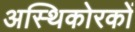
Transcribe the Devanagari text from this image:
अस्थिकोरकों